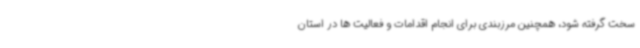
سخت گرفته شود، همچنین مرزبندی برای انجام اقدامات و فعالیت ها در استان